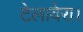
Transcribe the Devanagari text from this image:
टेलावेरा।